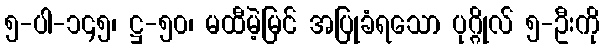
၅-ပါ-၁၄၅၊ ဋ္ဌ-၅၀၊ မထီမဲ့မြင် အပြုခံရသော ပုဂ္ဂိုလ် ၅-ဦးကို